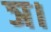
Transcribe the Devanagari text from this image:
ञ।